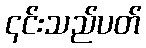
၎င်းသည်ပတ်